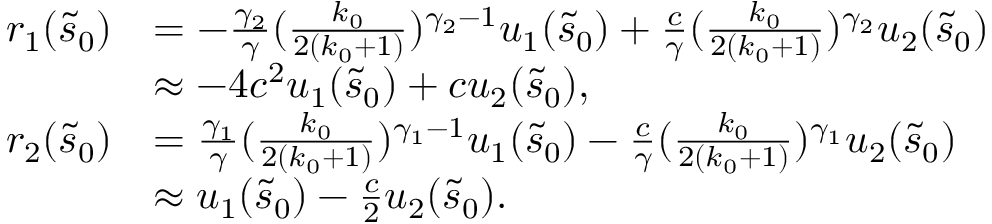
\begin{array} { r l } { r _ { 1 } ( \tilde { s } _ { 0 } ) } & { = - \frac { \gamma _ { 2 } } \gamma ( \frac { k _ { 0 } } { 2 ( k _ { 0 } + 1 ) } ) ^ { \gamma _ { 2 } - 1 } u _ { 1 } ( \tilde { s } _ { 0 } ) + \frac c \gamma ( \frac { k _ { 0 } } { 2 ( k _ { 0 } + 1 ) } ) ^ { \gamma _ { 2 } } u _ { 2 } ( \tilde { s } _ { 0 } ) } \\ & { \approx - 4 c ^ { 2 } u _ { 1 } ( \tilde { s } _ { 0 } ) + c u _ { 2 } ( \tilde { s } _ { 0 } ) , } \\ { r _ { 2 } ( \tilde { s } _ { 0 } ) } & { = \frac { \gamma _ { 1 } } \gamma ( \frac { k _ { 0 } } { 2 ( k _ { 0 } + 1 ) } ) ^ { \gamma _ { 1 } - 1 } u _ { 1 } ( \tilde { s } _ { 0 } ) - \frac c \gamma ( \frac { k _ { 0 } } { 2 ( k _ { 0 } + 1 ) } ) ^ { \gamma _ { 1 } } u _ { 2 } ( \tilde { s } _ { 0 } ) } \\ & { \approx u _ { 1 } ( \tilde { s } _ { 0 } ) - \frac c 2 u _ { 2 } ( \tilde { s } _ { 0 } ) . } \end{array}